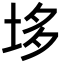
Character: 垑